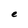
Character: e